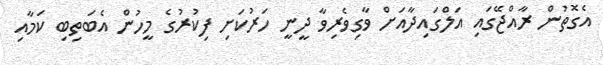
އެގޮތުން ރާއްޖޭގައި އަލްގައިދާއަށް ވާގިވެރިވާ ދީނީ ހަރުކަށި ފިކުރުގެ މީހުން އެބަތިބި ކަމާއި